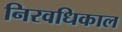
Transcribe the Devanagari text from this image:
निरवधिकाल